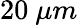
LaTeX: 20~\mu m